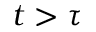
t > \tau